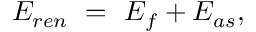
{ \cal E } _ { r e n } \ = \ { \cal E } _ { f } + { \cal E } _ { a s } ,